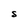
Character: S